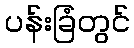
ပန်းခြံတွင်